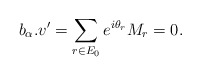
\begin{align*}b_{\alpha}.v' = \sum_{r \in E_0} e^{i \theta_r}M_r = 0.\end{align*}